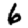
Digit: 6